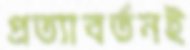
প্রত্যাবর্তনই